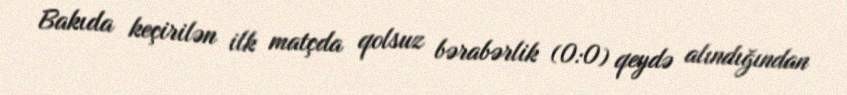
Bakıda keçirilən ilk matçda qolsuz bərabərlik (0:0) qeydə alındığından